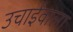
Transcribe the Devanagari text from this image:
उचाईंवाला